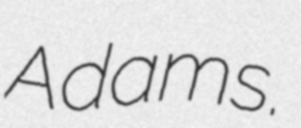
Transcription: Adams.